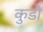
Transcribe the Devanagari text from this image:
कुडों